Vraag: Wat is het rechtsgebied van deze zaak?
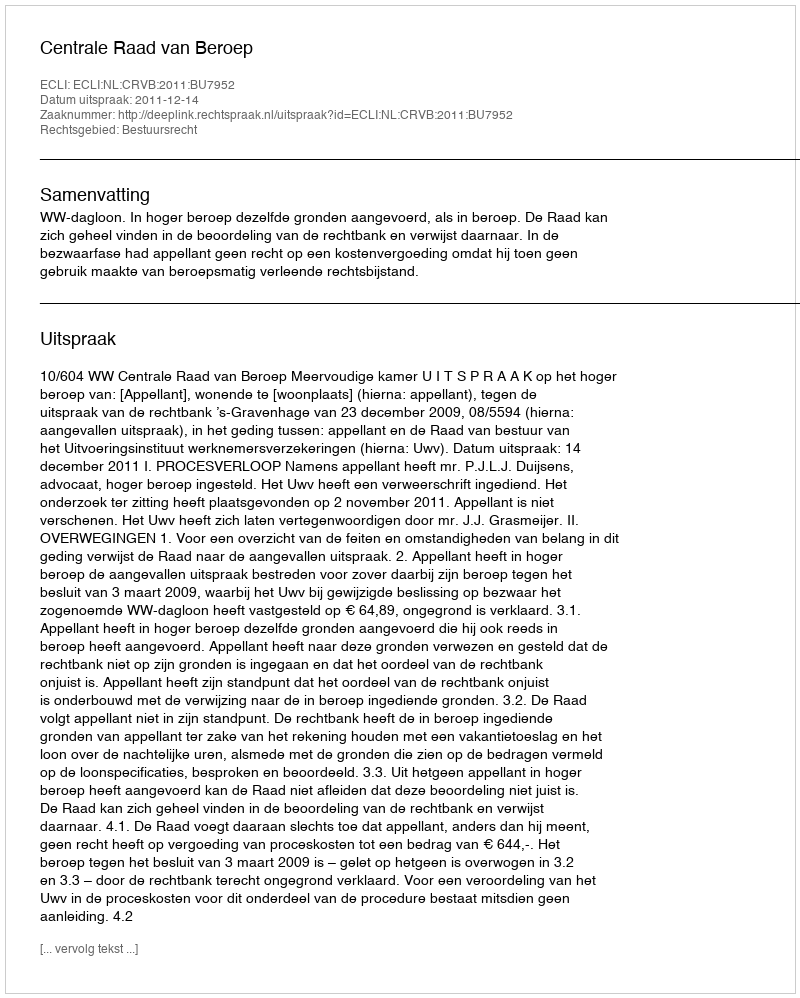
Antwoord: Bestuursrecht